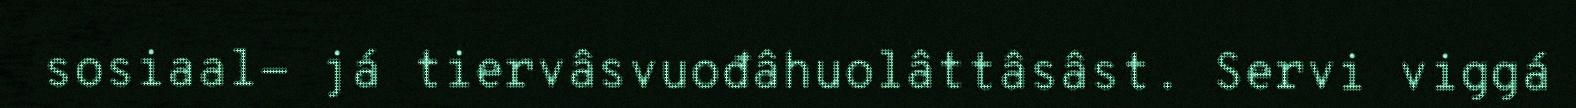
sosiaal- já tiervâsvuođâhuolâttâsâst. Servi viggá